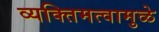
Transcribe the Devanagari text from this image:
व्यक्तिमत्वामुळे